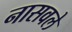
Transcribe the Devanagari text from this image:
नासवले